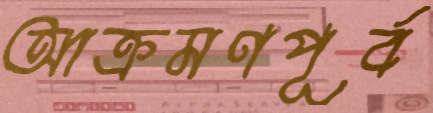
আক্রমণপূর্ব